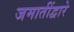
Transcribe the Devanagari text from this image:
जमातींद्वारे